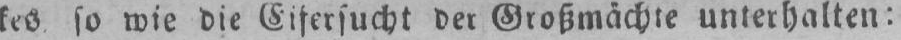
kes so wie die Eifersucht der Großmächte unterhalten: